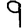
Digit: 9